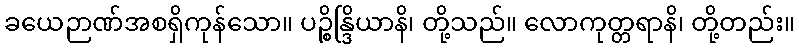
ခယေဉာဏ်အစရှိကုန်သော။ ပဉ္စိန္ဒြိယာနိ၊ တို့သည်။ လောကုတ္တရာနိ၊ တို့တည်း။